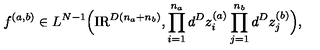
f ^ { ( a , b ) } \in L ^ { N - 1 } \Big ( \mathrm { I R } ^ { D ( n _ { a } + n _ { b } ) } , \prod _ { i = 1 } ^ { n _ { a } } d ^ { D } z _ { i } ^ { ( a ) } \prod _ { j = 1 } ^ { n _ { b } } d ^ { D } z _ { j } ^ { ( b ) } \Big ) ,